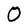
Character: O